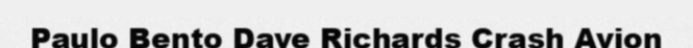
Paulo Bento Dave Richards Crash Avion